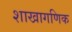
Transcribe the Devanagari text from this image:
शाखागणिक